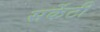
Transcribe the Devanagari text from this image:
सर्केटी